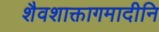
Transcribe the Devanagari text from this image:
शैवशाक्तागमादीनि